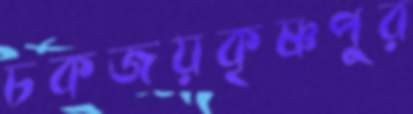
চকজয়কৃষ্ণপুর